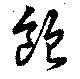
飽